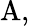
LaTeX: \textrm{A},